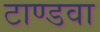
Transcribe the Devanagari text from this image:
टाण्डवा